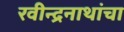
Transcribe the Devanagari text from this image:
रवीन्द्रनाथांचा